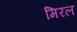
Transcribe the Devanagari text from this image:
मिरल